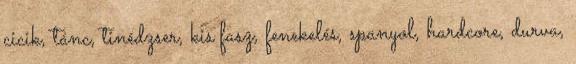
cicik, tánc, tinédzser, kis fasz, fenekelés, spanyol, hardcore, durva,